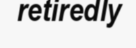
retiredly